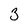
Character: 3